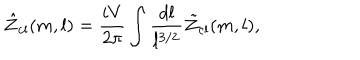
\hat { \cal Z } _ { \mathrm { c l } } ( m , l ) = \frac { i V } { 2 \pi } \int \frac { d l } { l ^ { 3 / 2 } } \tilde { \cal Z } _ { \mathrm { c l } } ( m , l ) ,